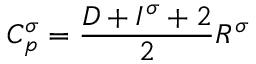
C _ { p } ^ { \sigma } = \frac { D + I ^ { \sigma } + 2 } { 2 } R ^ { \sigma }